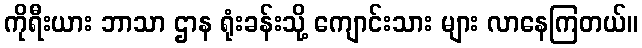
ကိုရီးယား ဘာသာ ဌာန ရုံးခန်းသို့ ကျောင်းသား များ လာနေကြတယ်။